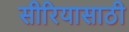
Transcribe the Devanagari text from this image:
सीरियासाठी